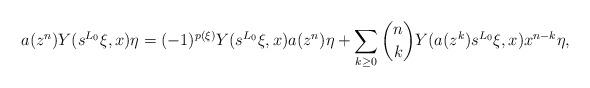
LaTeX: \begin{align*}a(z^n)Y(s^{L_0}\xi,x)\eta = (-1)^{p(\xi)}Y(s^{L_0}\xi,x)a(z^n)\eta + \sum_{k \ge 0} \binom{n}{k} Y(a(z^k)s^{L_0}\xi,x)x^{n-k}\eta,\end{align*}